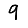
Digit: 9